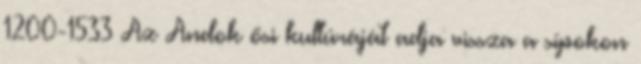
1200-1533 Az Andok ősi kultúráját adja vissza a sípokon